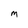
Character: M